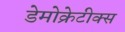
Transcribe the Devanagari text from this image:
डेमोक्रेटीक्स